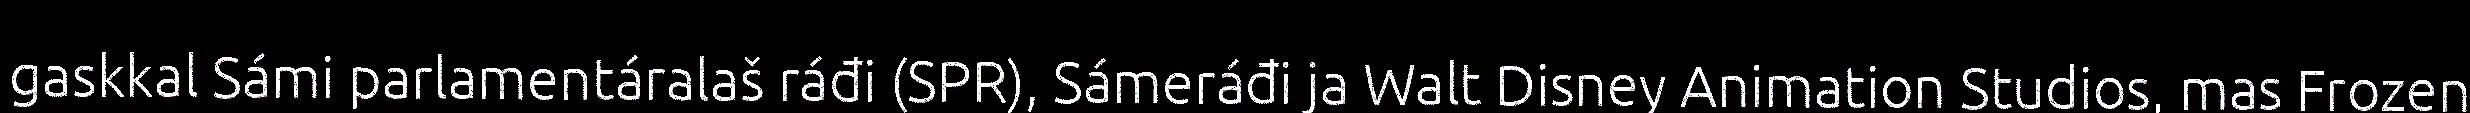
gaskkal Sámi parlamentáralaš ráđi (SPR), Sámeráđi ja Walt Disney Animation Studios, mas Frozen